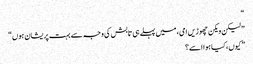
“
” لیکن ویکن چھوڑیں امی، میں پہلے ہی تابش کی وجہ سے بہت پریشان ہوں“
” کیوں، کیا ہوا اسے؟